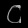
Digit: ၄